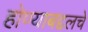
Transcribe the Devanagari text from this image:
होण्याबद्दलचे